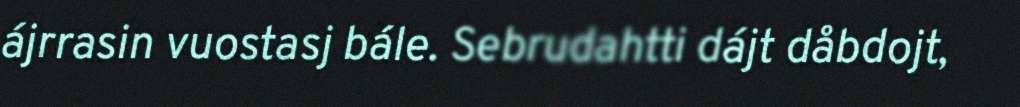
ájrrasin vuostasj bále. Sebrudahtti dájt dåbdojt,